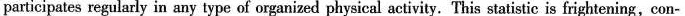
participates regularly in any type of organized physical activity. This statistic is frightening,con-